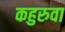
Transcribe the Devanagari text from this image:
कहुरुवा